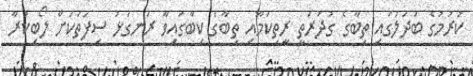
ކުރުމުގެ ބަދަލުގައި ތިބާގެ ގުދުރަތީ ރީތިކަމާއި ތިބާގެ ކިބާގައިވާ ރަނގަޅު ސިފަތަކަށް ލޯބިކުރާ